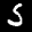
Label: 5